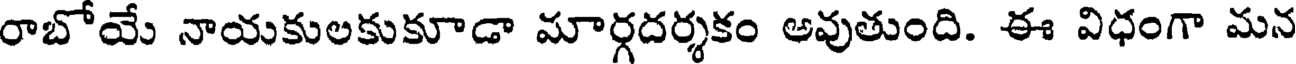
రాబోయే నాయకులకుకూడా మార్గదర్శకం అవుతుంది. ఈ విధంగా మన